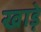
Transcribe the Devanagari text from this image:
खाड़े